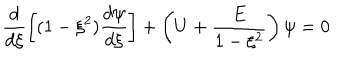
\frac { d } { d \xi } \left[ ( 1 - \xi ^ { 2 } ) \frac { d \psi } { d \xi } \right] + \left( U + \frac { E } { 1 - \xi ^ { 2 } } \right) \psi = 0